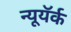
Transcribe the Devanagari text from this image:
न्यूयॅर्क